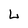
Character: L